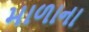
માળાના